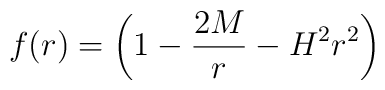
f(r) = \left(1-{2M\over r} - H^2 r^2\right)